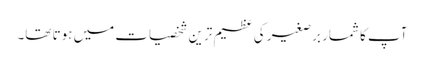
آپ کا شمار برصغیر کی عظیم ترین شخصیات میں ہوتا تھا۔